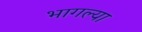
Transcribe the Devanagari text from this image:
भागल्या